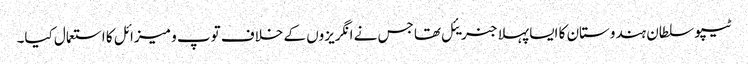
ٹیپو سلطان ہندوستان کا ایسا پہلا جنریئل تھا جس نے انگریزوں کے خلاف توپ و میزائل کا استعمال کیا۔